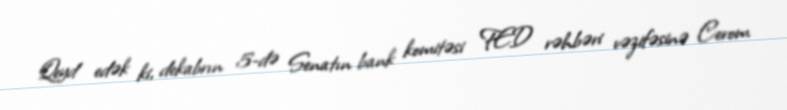
Qeyd edək ki, dekabrın 5-də Senatın bank komitəsi FED rəhbəri vəzifəsinə Cerom